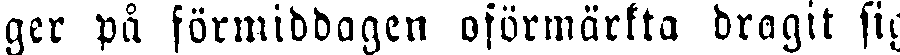
ger på förmiddagen oförmärkta dragit sig